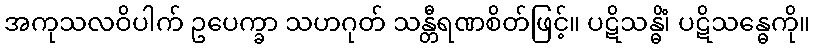
အကုသလဝိပါက် ဥပေက္ခာ သဟဂုတ် သန္တီရဏစိတ်ဖြင့်။ ပဋိသန္ဓိံ၊ ပဋိသန္ဓေကို။